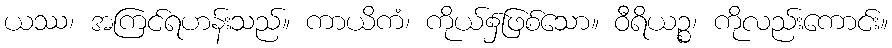
ယဿ၊ အကြင်ရဟန်းသည်။ ကာယိကံ၊ ကိုယ်၌ဖြစ်သော။ ဝီရိယဉ္စ၊ ကိုလည်းကောင်း။